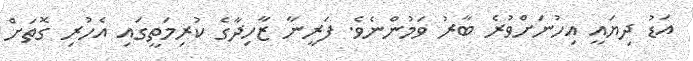
އަޑު ދިޔައީ އިހުނަށްވުރެ ބާރު ވަމުންނެވެ. ފަރީނާ ޒާހިދާގެ ކުރިމަތީގައި އެހުރި ގޮތަށް